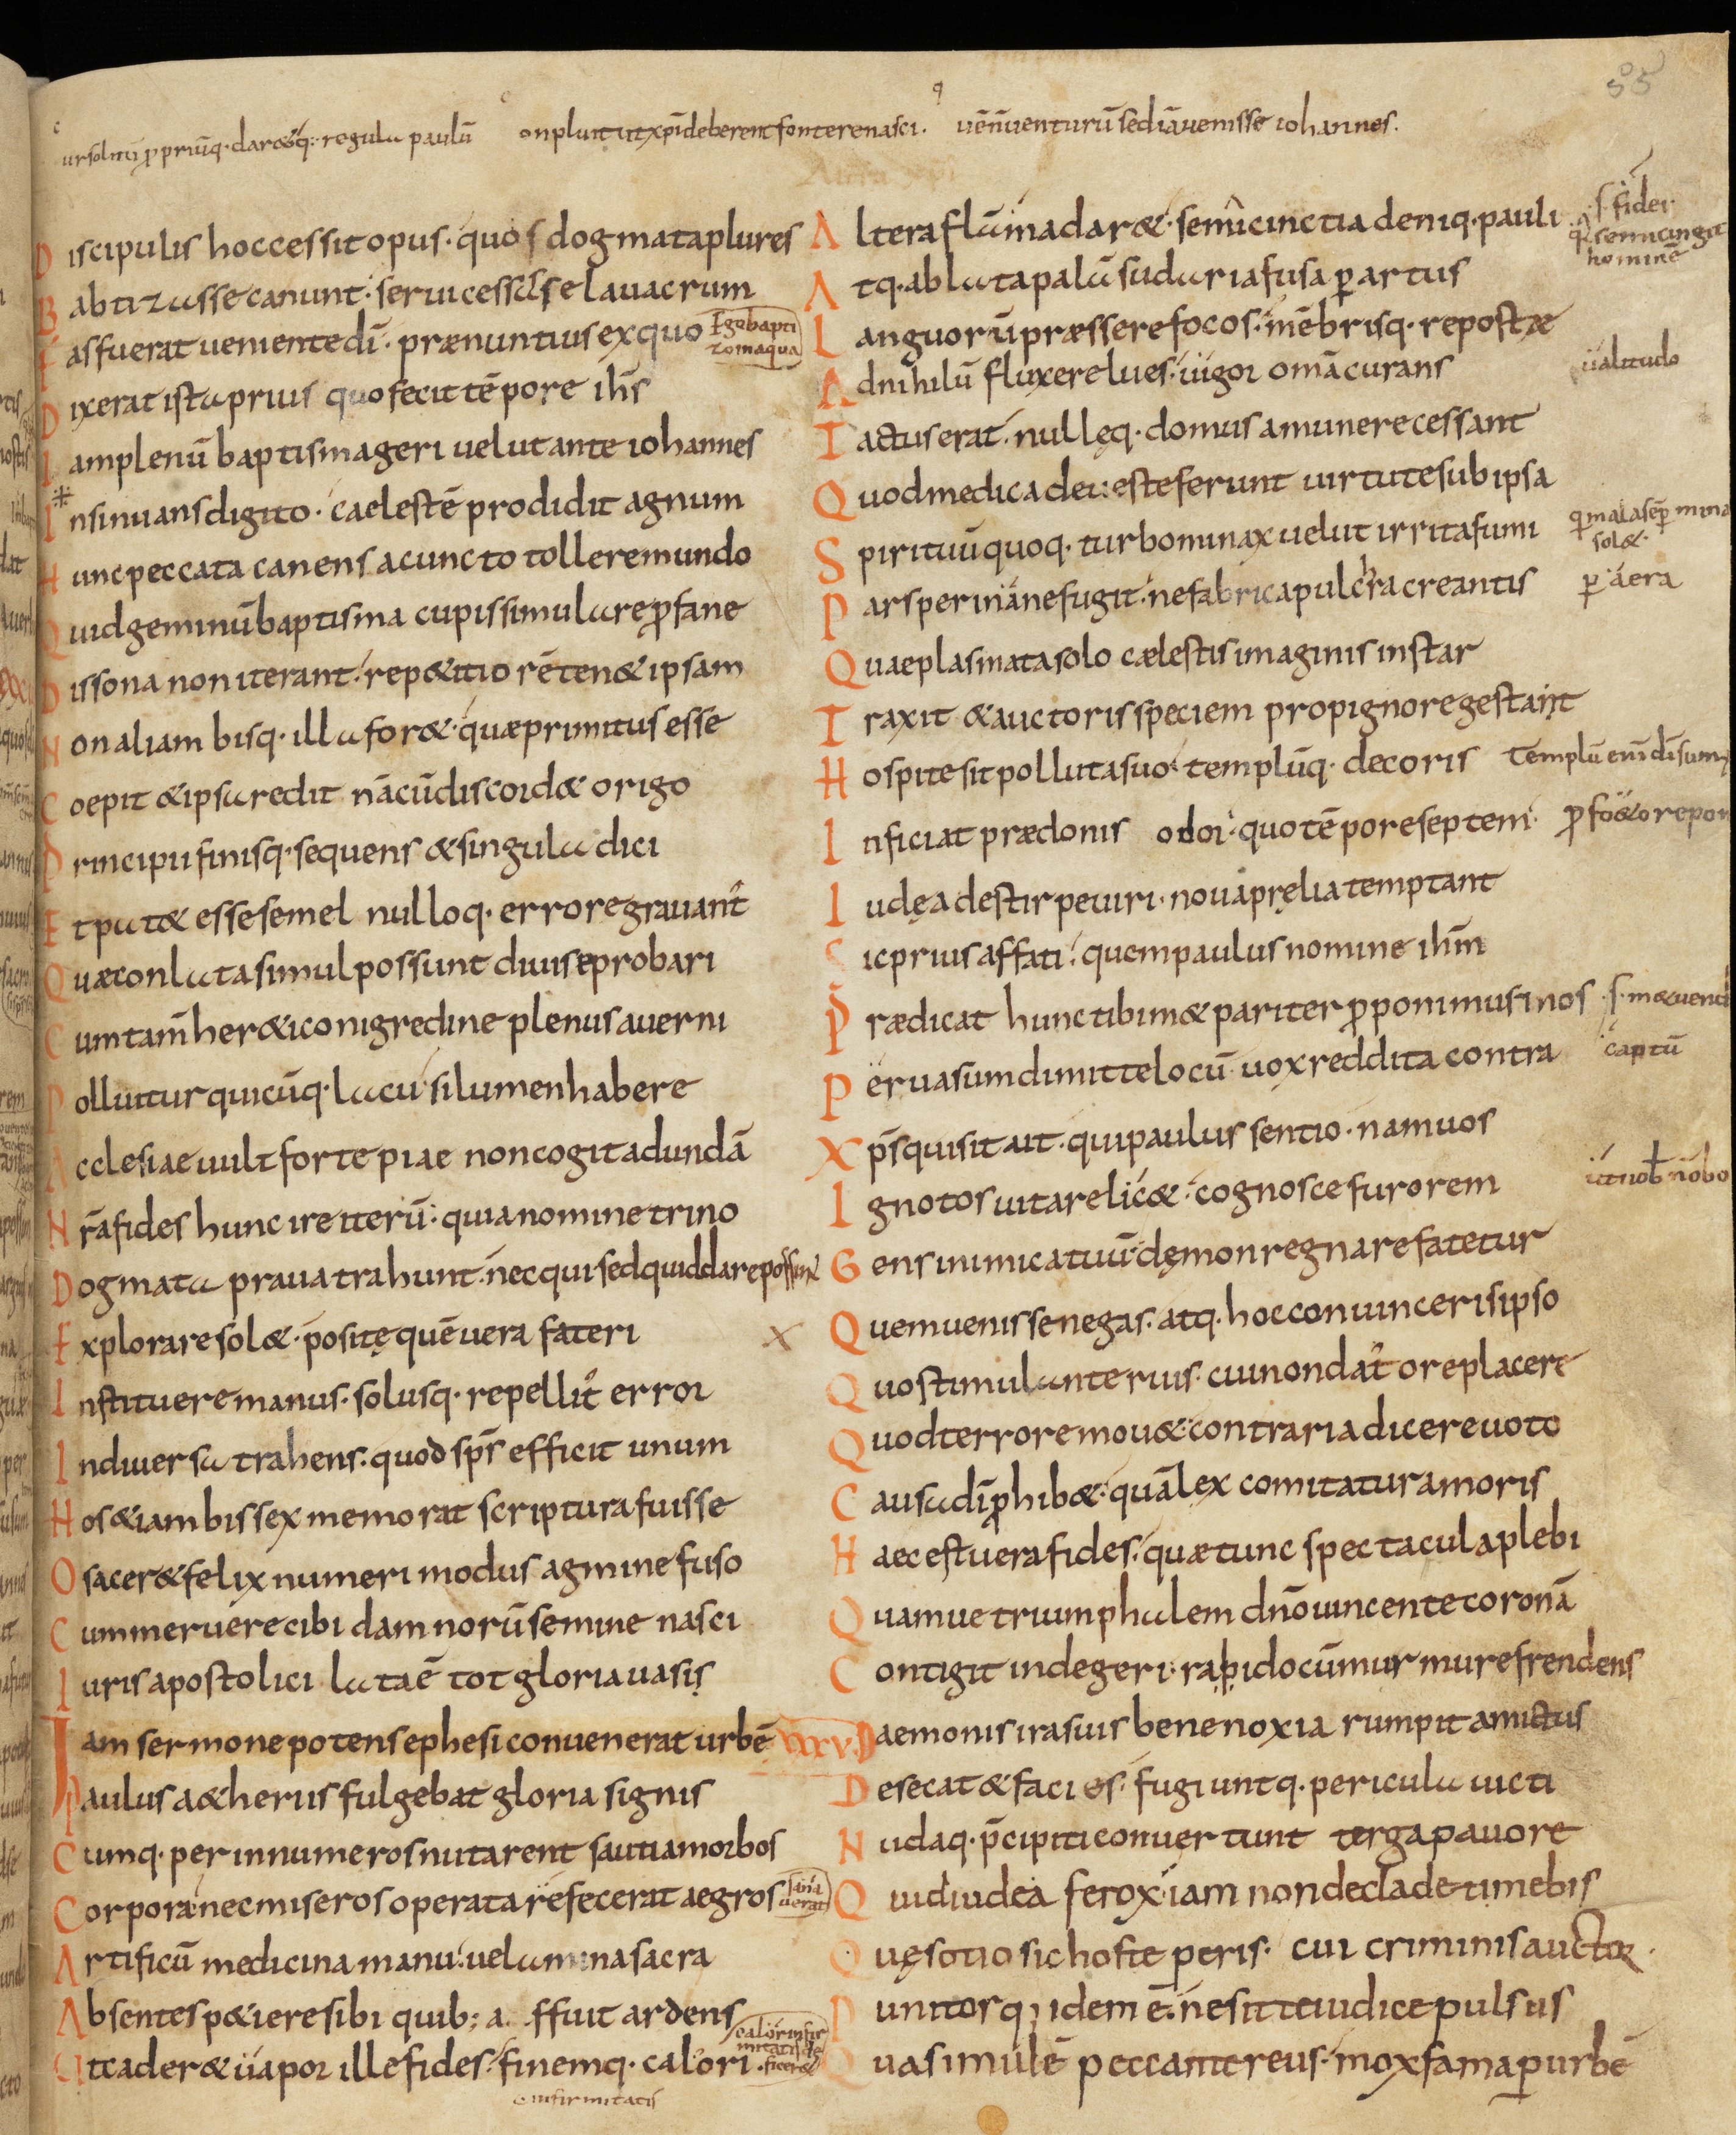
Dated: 833–999